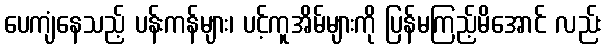
ပေကျံနေသည့် ပန်းကန်များ၊ ပင့်ကူအိမ်များကို ပြန်မကြည့်မိအောင် လည်း